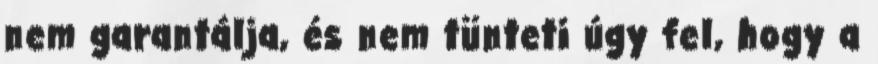
nem garantálja, és nem tünteti úgy fel, hogy a